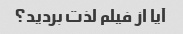
آیا از فیلم لذت بردید؟